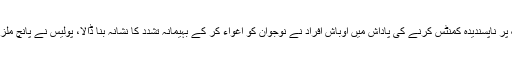
فیصل آباد : فیس بک پر ناپسندیدہ کمنٹس کرنے کی پاداش میں اوباش افراد نے نوجوان کو اغواء کر کے بہیمانہ تشدد کا نشانہ بنا ڈالا، پولیس نے پانچ ملزمان کو گرفتار کرلیا۔